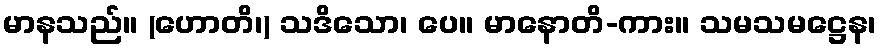
မာနသည်။ (ဟောတိ၊) သဒိသော၊ ပေ။ မာနောတိ-ကား။ သမသမဋ္ဌေန၊